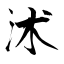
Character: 沭